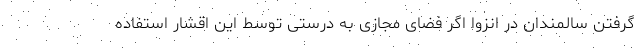
گرفتن سالمندان در انزوا اگر فضای مجازی به درستی توسط این اقشار استفاده